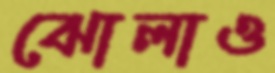
ঝোলাও